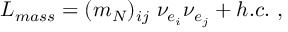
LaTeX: { \cal L } _ { m a s s } = ( m _ { N } ) _ { i j } ~ { \nu } _ { e _ { i } } { \nu } _ { e _ { j } } + h . c . ~ ,